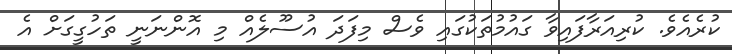
ކުރެއެވެ. ކުރިއަރާފައިވާ ގައުމުތަކުގައި ވެސް މިފަދަ އުސޫލެއް މި އޮންނަނީ ތަހުގީގަށް އެ